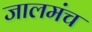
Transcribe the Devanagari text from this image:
जालमंच